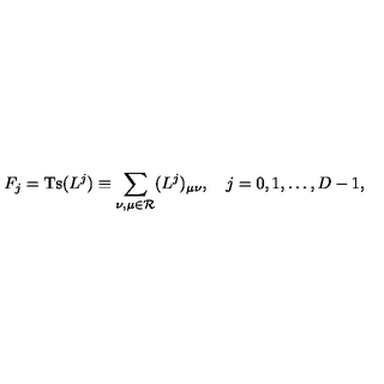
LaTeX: F _ { j } = \mathrm { T s } ( L ^ { j } ) \equiv \sum _ { \nu , \mu \in { \mathcal R } } ( L ^ { j } ) _ { \mu \nu } , \quad j = 0 , 1 , \ldots , D - 1 ,